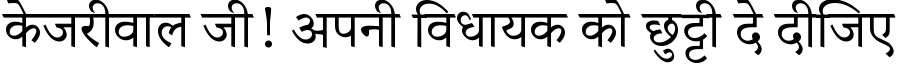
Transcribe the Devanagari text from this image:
केजरीवाल जी! अपनी विधायक को छुट्टी दे दीजिए